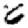
Digit: 6